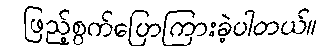
ဖြည့်စွက်ပြောကြားခဲ့ပါတယ်။